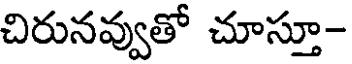
చిరునవ్వుతో చూస్తూ-